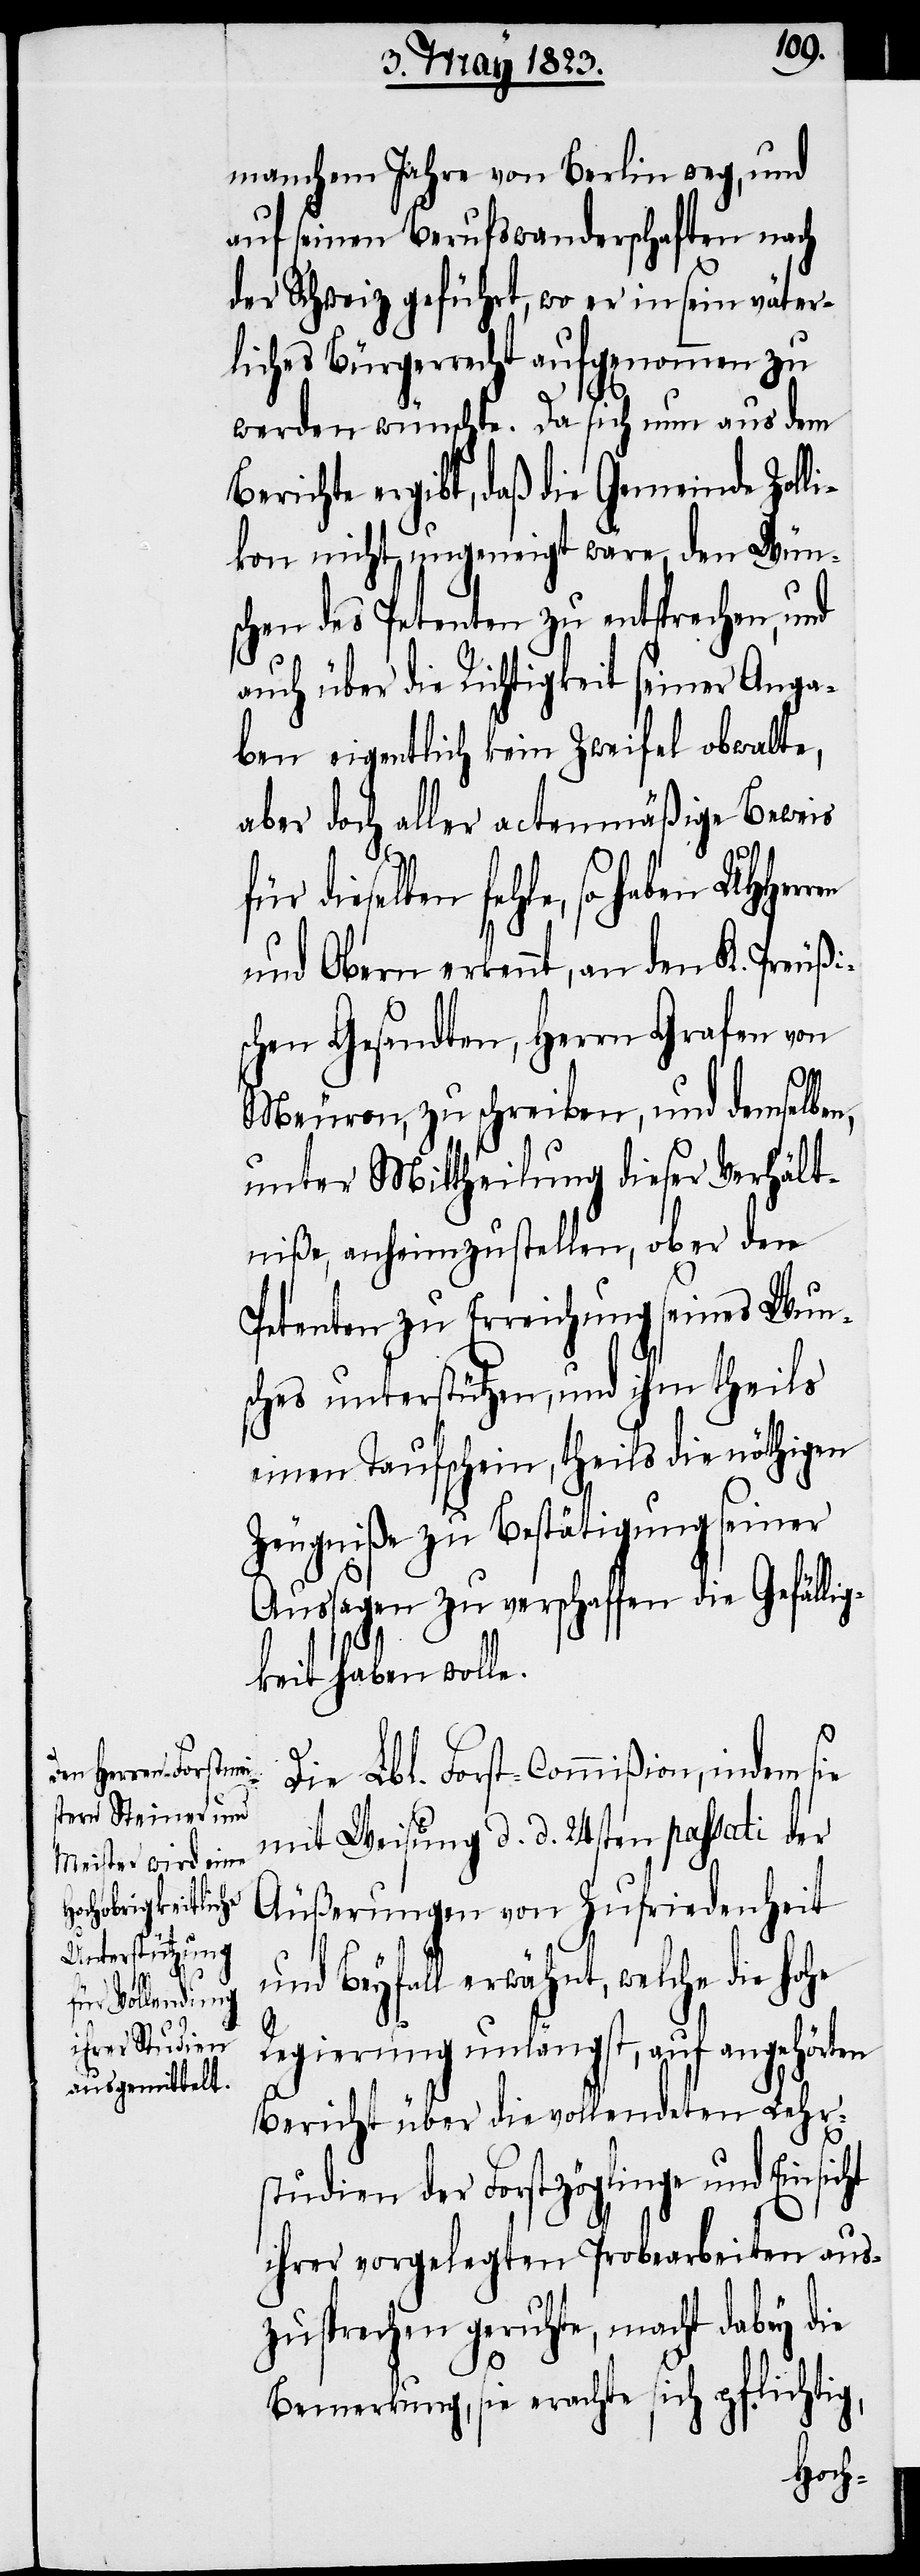
manchem Jahre von Berlin weg, und
auf seinen Berufswanderschaften nach
der Schweiz geführt, wo er in sein väter¬
liches Bürgerrecht aufgenommen zu
werden wünschte. Da sich nun aus dem
Berichte ergibt, daß die Gemeinde Zoll¬
ikon nicht ungeneigt wäre, den Wün¬
schen des Petenten zu entsprechen, und
auch über die Richtigkeit seiner Anga¬
ben eigentlich kein Zweifel obwalte,
aber doch aller actenmäßige Beweis
für dieselben fehle, so haben
und Obern erkennt, an den K. Preußi¬
schen Gesandten, Herrn Grafen von
Meuron, zu schreiben, und demselben,
unter Mittheilung dieser Verhält¬
niße, anheimzustellen, ob er den
Petenten zu Erreichung seines Wun¬
sches unterstützen, und ihm theils
einen Taufschein, theils die nöthigen
Zeugniße zu Bestätigung seiner
Aussagen zu verschaffen die Gefällig¬
keit haben woll¬
Die Lbl. Forst-Commißion, indem sie
mit Weisung d. d. 24sten passati der
Äußerungen von Zufriedenheit
und Beyfall erwähnt, welche die hohe
Regierung unlängst, auf angehörten
Bericht über die vollendeten Lehr¬
studien der Forstzöglinge und Einsic¬
ihrer vorgelegten Probearbeiten aus¬
zusprechen geruhte, macht dabey die
ht
Bemerkung, sie erachte sich pflichtig,